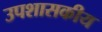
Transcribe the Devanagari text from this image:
उपशासकीय